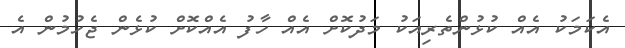
އެކަމަކު އެއް ކުޅުންތެރިއަކު މަދުކޮށް އެއް ހާފު އެއްކޮށް ކުޅެން ޖެހުމުން އެ